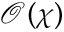
\mathcal O ( \chi )